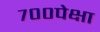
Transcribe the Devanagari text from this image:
७००पेक्षा